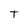
Character: T